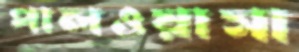
পালওয়াসা